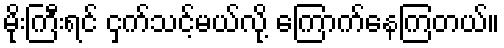
မိုးကြီးရင် ငှက်သင့်မယ်လို့ ကြောက်နေကြတယ်။